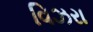
વિઝરા